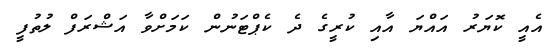
އެއީ ކޮޔަރު އައްޔަ އާއި ކުރީގެ ދެ ކެޕްޓަނުން ކަމަށްވާ އަޝްރަފް ލުތުފީ